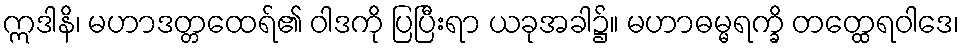
ဣဒါနိ၊ မဟာဒတ္တထေရ်၏ ဝါဒကို ပြပြီးရာ ယခုအခါ၌။ မဟာဓမ္မရက္ခိ တတ္ထေရဝါဒေ၊